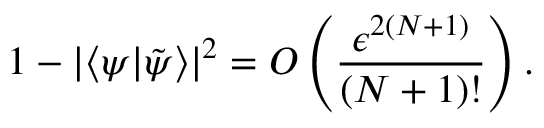
1 - | \langle \psi | \tilde { \psi } \rangle | ^ { 2 } = O \left( \frac { \epsilon ^ { 2 ( N + 1 ) } } { { ( N + 1 ) ! } } \right) .